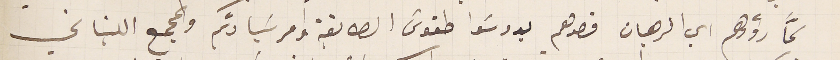
كمّا رؤوهم اي الرهبان قصدهم يدوسَوا طقوس الطايفة وامر سَيادتكم والمجمع اللبناني